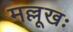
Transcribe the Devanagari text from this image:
मल्लूखः